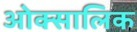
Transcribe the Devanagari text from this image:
ओक्सालिक